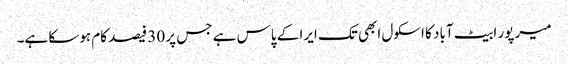
میر پور ابیٹ آباد کا اسکول ابھی تک ایرا کے پاس ہے جس پر 30 فیصد کام ہوسکا ہے۔